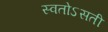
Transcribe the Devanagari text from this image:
स्वतोऽसती